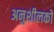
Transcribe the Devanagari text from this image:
अनुशीलकों